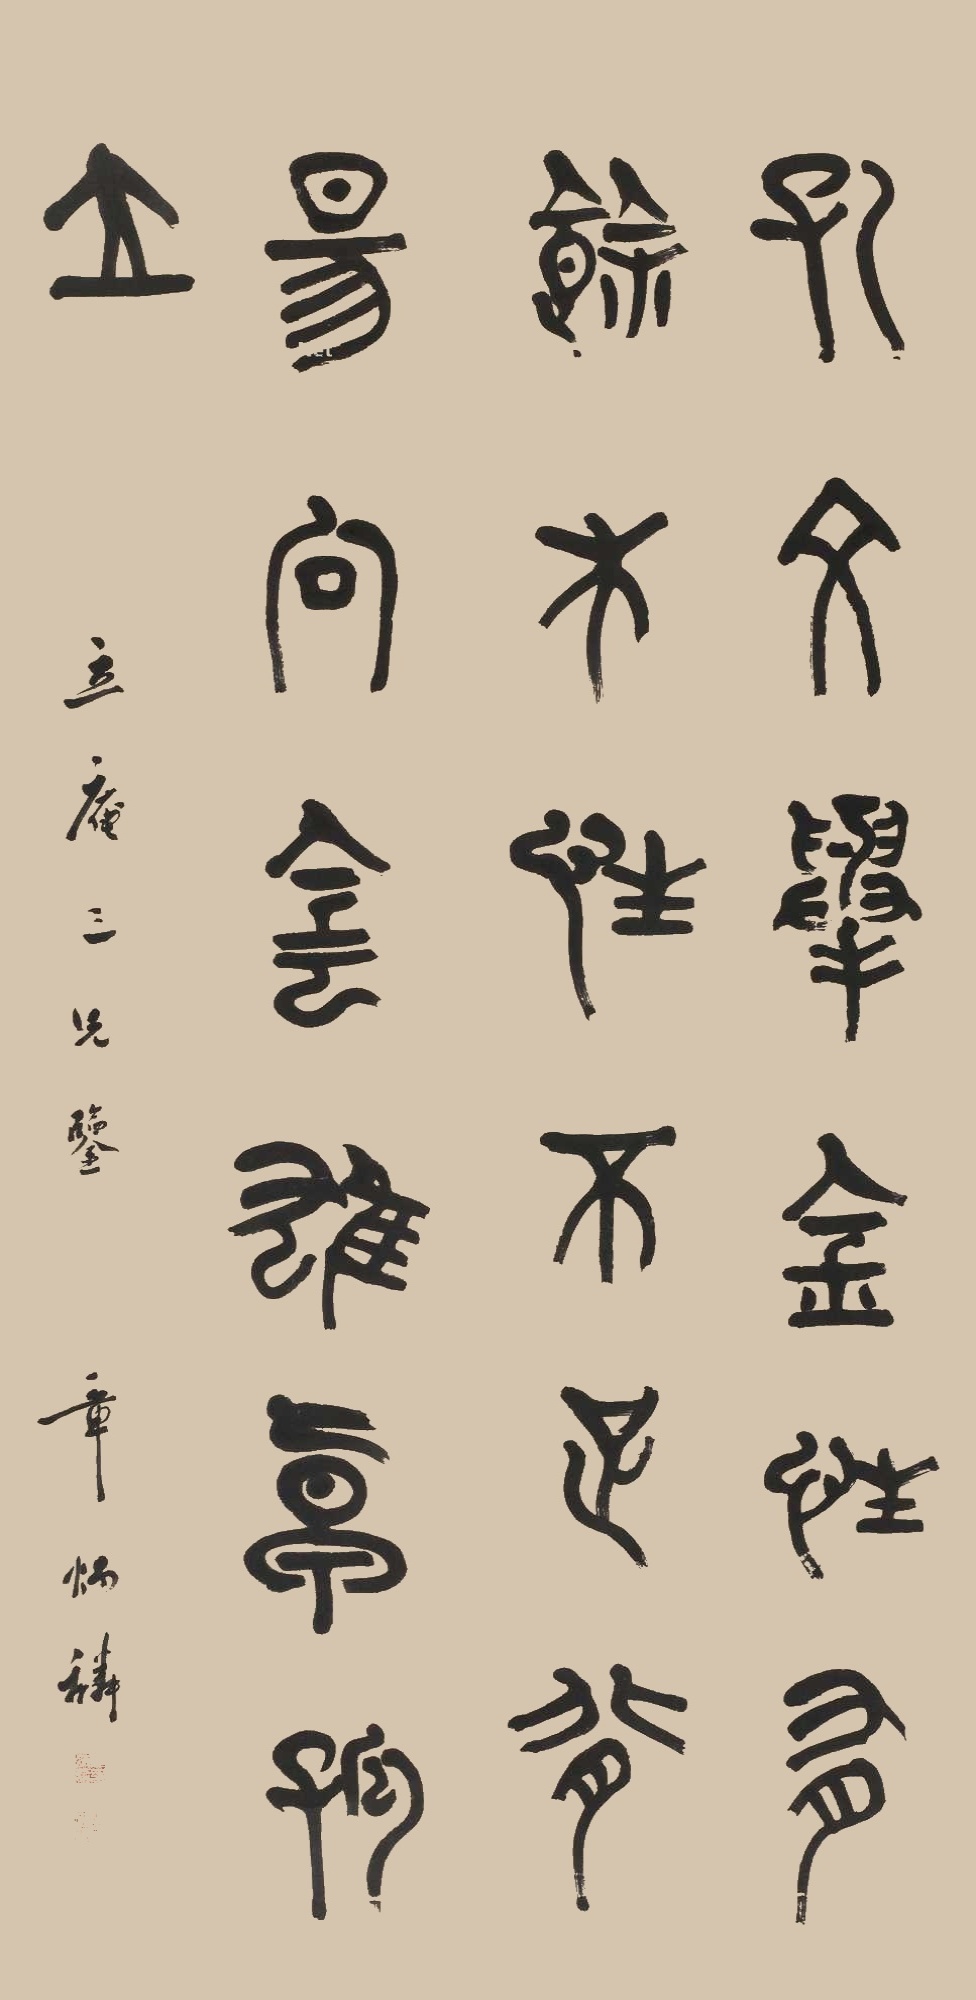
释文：孔文举金性有余，木性不足，背阳向阴，雄卓孤立。立庵三兄鉴，章炳麟。